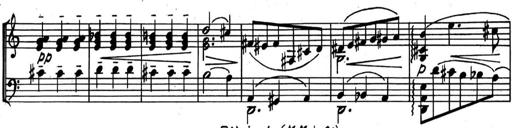
Title: Kleine Sonate
Composer: Raoul Koczalski
Key: C major